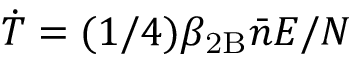
\dot { T } = ( 1 / 4 ) \beta _ { \mathrm { 2 B } } \bar { n } E / N